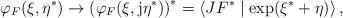
LaTeX: \begin{align*}\varphi _F(\xi ,\eta ^{*})\rightarrow \left( \varphi _F(\xi ,{\rm j}\eta^{*})\right) ^{*}=\left\langle JF^{*}\mid \exp (\xi ^{*}+\eta )\right\rangle, \end{align*}